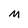
Character: M